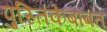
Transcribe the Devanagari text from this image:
पुस्तिकेबाबत